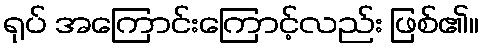
ရုပ် အကြောင်းကြောင့်လည်း ဖြစ်၏။